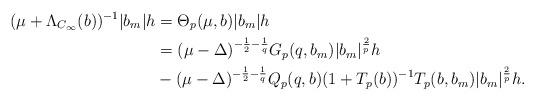
LaTeX: \begin{align*}(\mu+\Lambda_{C_\infty}(b))^{-1}|b_m|h & = \Theta_p(\mu,b)|b_m|h \\& = (\mu - \Delta)^{-\frac{1}{2}-\frac{1}{q}} G_p(q,b_m)|b_m|^{\frac{2}{p}}h \\& - (\mu - \Delta)^{-\frac{1}{2}-\frac{1}{q}} Q_{p}(q,b) (1 + T_p(b))^{-1} T_p(b,b_m)|b_m|^{\frac{2}{p}}h. \end{align*}